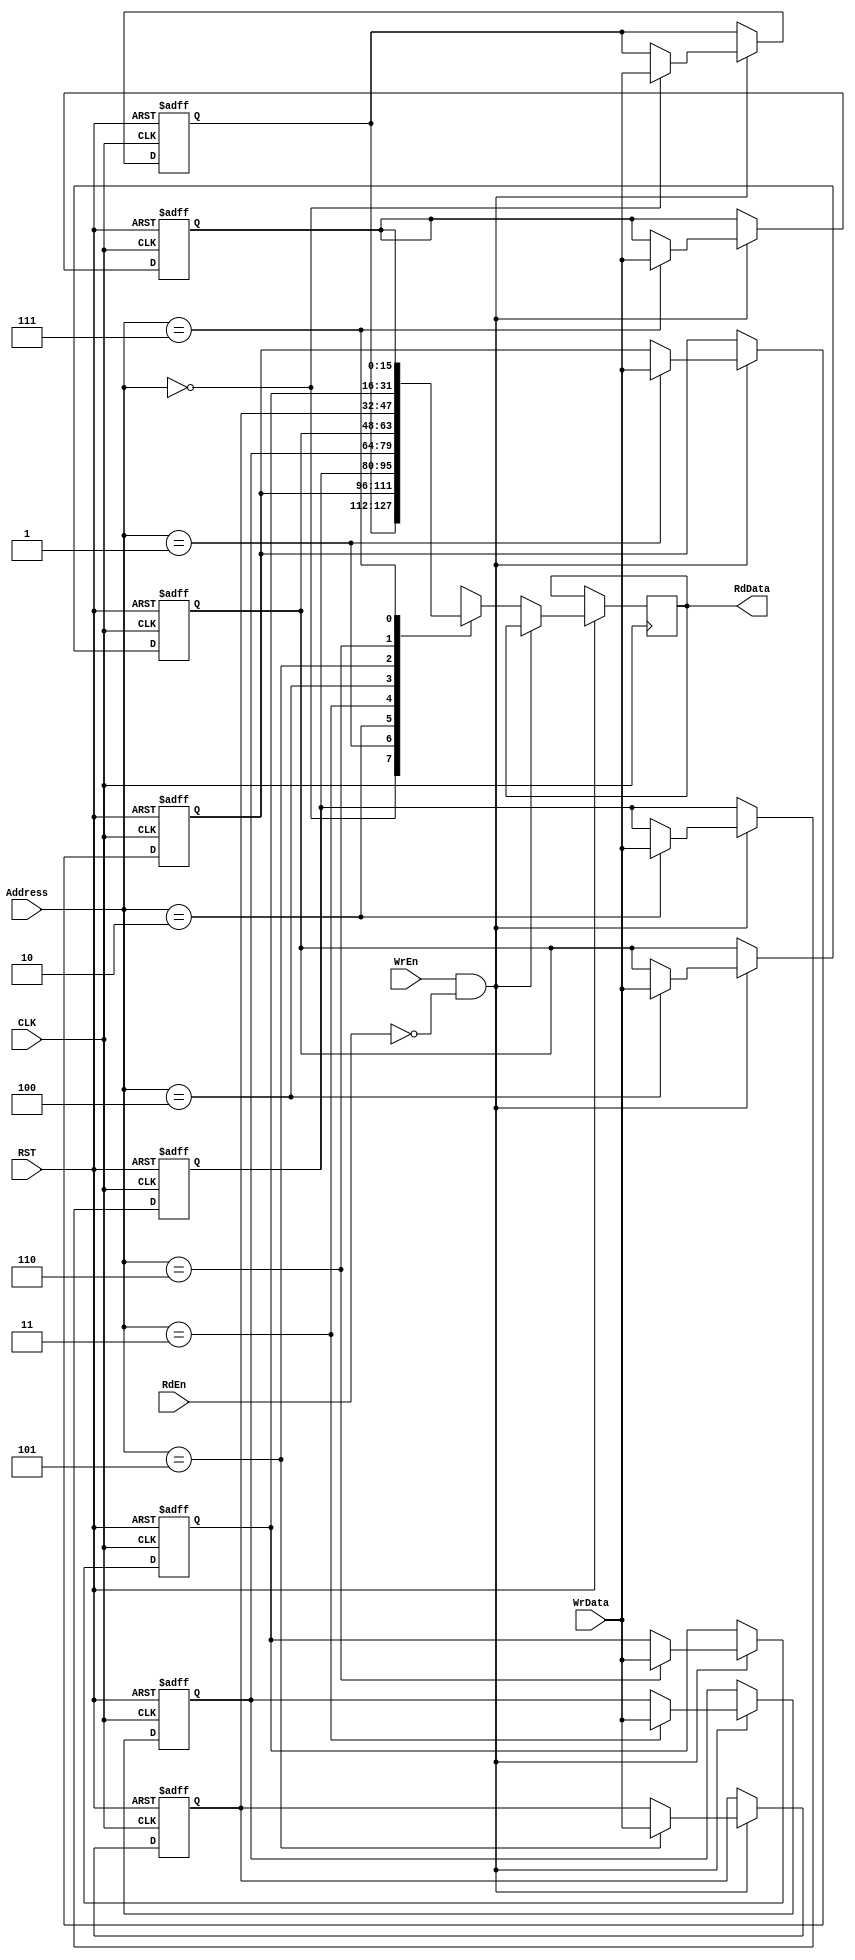
module regfile #(
parameter WIDTH  =16,
           DEPTH =8,
           AddrW =3) 
                   
(
input      wire                CLK,RST,
input      wire                RdEn,WrEn,
input      wire   [AddrW-1:0]  Address,
input      wire   [WIDTH-1:0]  WrData,
output     reg    [WIDTH-1:0]  RdData

);
integer i;
reg [WIDTH-1:0] Reg_File  [DEPTH-1:0];

always @(posedge CLK or negedge RST)
begin
if (!RST)
    begin
       for ( i=0 ;i<DEPTH ;i=i+1) 
           begin
             Reg_File[i] <= 16'b0;
           end
    end
else if (WrEn && !RdEn) 
    begin
    Reg_File[Address] <= WrData ;
    end
else
    begin
     RdData <= Reg_File[Address] ;
    end
end





    
endmodule